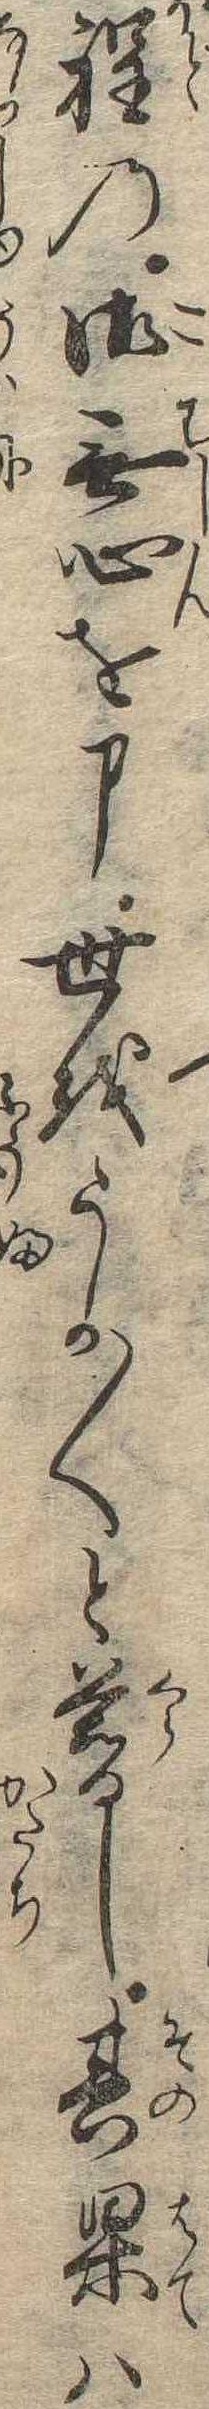
程の御無心を申世をうか〱と暮し其果は